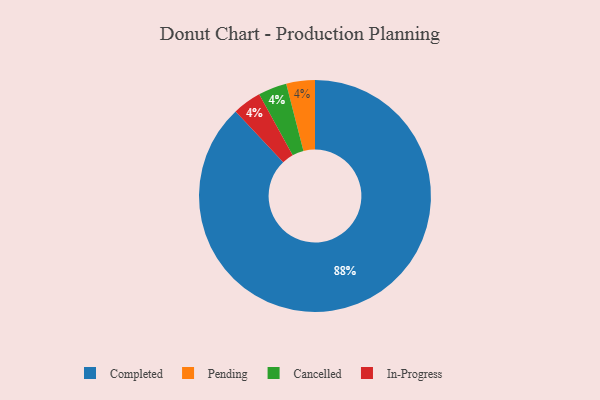
{"axis": {"x": "Category", "y": "Percentage"}, "legend": ["Cancelled", "Completed", "In-Progress", "Pending"], "data": [{"x": "Pending", "y": 4, "type": "Pending"}, {"x": "Cancelled", "y": 4, "type": "Cancelled"}, {"x": "In-Progress", "y": 4, "type": "In-Progress"}, {"x": "Completed", "y": 88, "type": "Completed"}]}